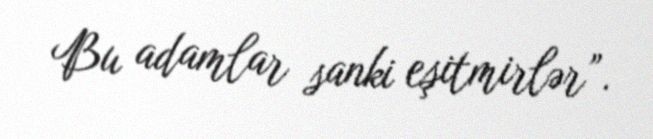
Bu adamlar sanki eşitmirlər”.